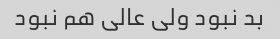
بد نبود ولی عالی هم نبود